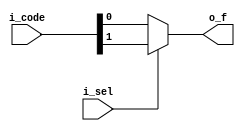


//  Behavior Model
module priority_enc_2_1_v
  (
  input  [1:0] i_code,
  input        i_sel, 
  output       o_f);
  

  assign o_f =  i_sel ? i_code[1] :
               ~i_sel ? i_code[0] : 0;  
endmodule